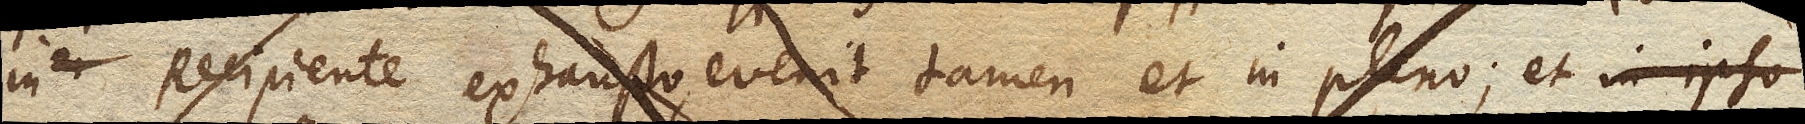
in Recipiente exhausto, evenit tamen et in pleno; et in ipso